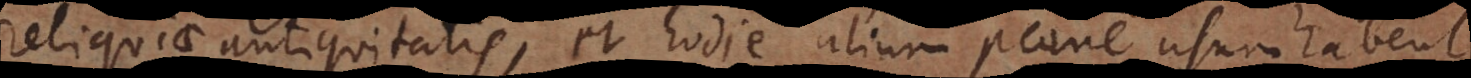
reliquiae antiquitatis, et hodie alium plane usum habent